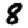
Digit: 8